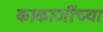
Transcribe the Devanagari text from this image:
काकाजींच्या